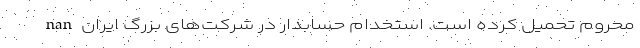
محروم تحمیل کرده است. استخدام حسابدار در شرکت‌های بزرگ ایران nan